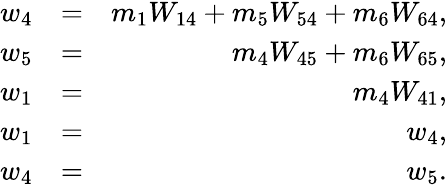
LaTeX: \begin{array}{rlr}{w_{4}}&{=}&{m_{1}W_{14}+m_{5}W_{54}+m_{6}W_{64},}\\ {w_{5}}&{=}&{m_{4}W_{45}+m_{6}W_{65},}\\ {w_{1}}&{=}&{m_{4}W_{41},}\\ {w_{1}}&{=}&{w_{4},}\\ {w_{4}}&{=}&{w_{5}.}\end{array}